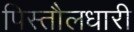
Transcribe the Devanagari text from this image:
पिस्तौलधारी